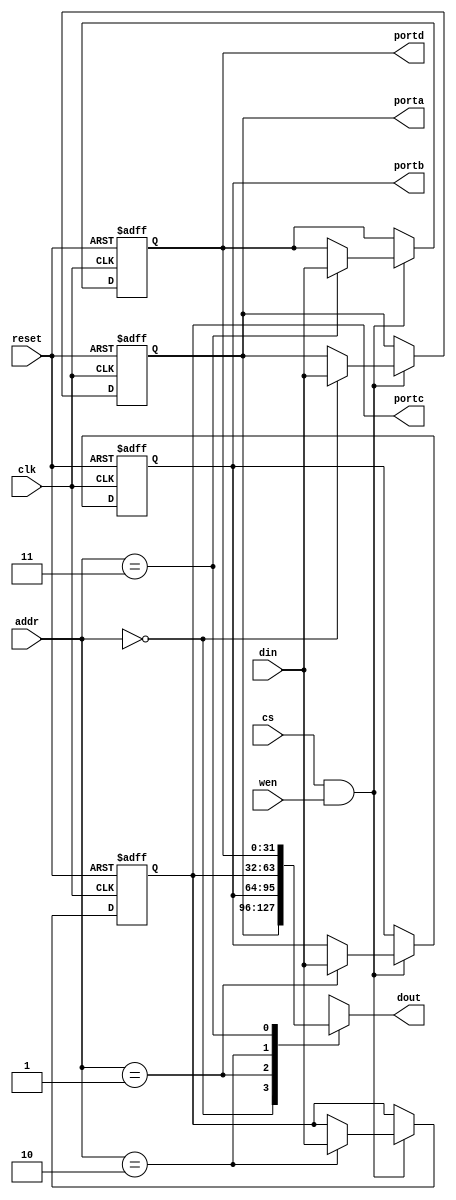
module gpio_out4 //(clk, reset, cs, we, addr, din, dout);
  #(
    parameter WIDTH= 32
    )
   (
    input wire 	       clk,
    input wire 	       reset,
    input wire 	       cs,
    input wire 	       wen,
    input wire [1:0]   addr,
    input [WIDTH-1:0]  din,

    output [WIDTH-1:0] dout,
    
    output [WIDTH-1:0] porta,
    output [WIDTH-1:0] portb,
    output [WIDTH-1:0] portc,
    output [WIDTH-1:0] portd
    );
   
   reg [WIDTH-1:0]     regs [3:0];

   initial
     begin
	regs[0]= 0;
	regs[1]= 0;
	regs[2]= 0;
	regs[3]= 0;
     end

   always @(posedge clk, posedge reset)
     begin
	if (reset)
	  begin
	     regs[0]<= 0;
	     regs[1]<= 0;
	     regs[2]<= 0;
	     regs[3]<= 0;
	  end
	else if (cs & wen)
	  begin
	     regs[addr]<= din;
	  end
     end

   assign dout= regs[addr];

   assign porta= regs[0];
   assign portb= regs[1];
   assign portc= regs[2];
   assign portd= regs[3];
   
endmodule // gpio_out4